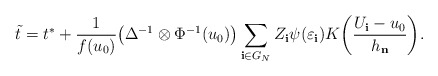
\begin{align*}\tilde{t}=t^{\ast}+\frac{1}{f(u_{0})}\bigl(\Delta^{-1}\otimes\Phi^{-1}(u_{0})\bigr)\sum_{\mathbf{i}\in G_{N}}Z_{\mathbf{i}}\psi(\varepsilon_{\mathbf{i}})K\biggl(\frac{U_{\mathbf{i}}-u_{0}}{h_{\mathbf{n}}}\biggr).\end{align*}